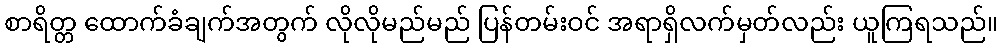
စာရိတ္တ ထောက်ခံချက်အတွက် လိုလိုမည်မည် ပြန်တမ်းဝင် အရာရှိလက်မှတ်လည်း ယူကြရသည်။